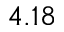
4 . 1 8